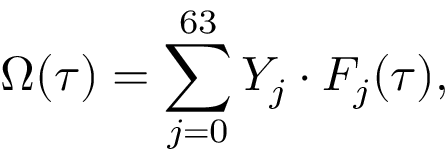
\Omega ( \tau ) = \sum _ { j = 0 } ^ { 6 3 } Y _ { j } \cdot F _ { j } ( \tau ) ,